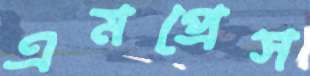
এমপ্রেস